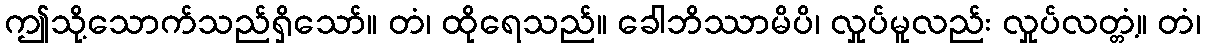
ဤသို့သောက်သည်ရှိသော်။ တံ၊ ထိုရေသည်။ ခေါဘိဿာမိပိ၊ လှုပ်မူလည်း လှုပ်လတ္တံ့။ တံ၊